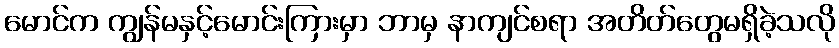
မောင်က ကျွန်မနှင့်မောင်းကြားမှာ ဘာမှ နာကျင်စရာ အတိတ်တွေမရှိခဲ့သလို